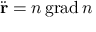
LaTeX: { \ddot { \mathbf { r } } } = n \operatorname { g r a d } n